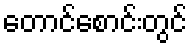
တောင်စောင်းတွင်